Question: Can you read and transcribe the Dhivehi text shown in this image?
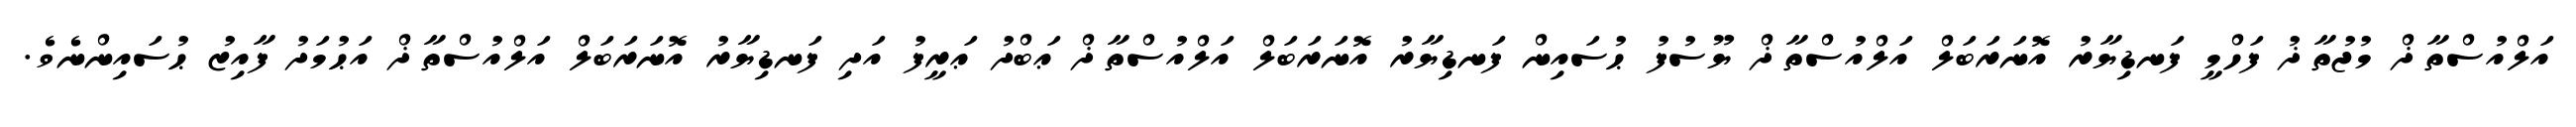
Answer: އަލްއުސްތާޛް މުޖުތާޛު ފަހްމީ ފަނޑިޔާރު އޮނަރަބަލް އަލްއުސްތާޛް ޔޫސުފު ޙުސައިން ފަނޑިޔާރު އޮނަރަބަލް އަލްއުސްތާޛް ޢަބްދު ޢަރީފު އަދި ފަނޑިޔާރު އޮނަރަބަލް އަލްއުސްތާޛް އަޙުމަދު ފާއިޒު ޙުސައިންނެވެ.